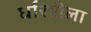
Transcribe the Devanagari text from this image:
धरित्रीला